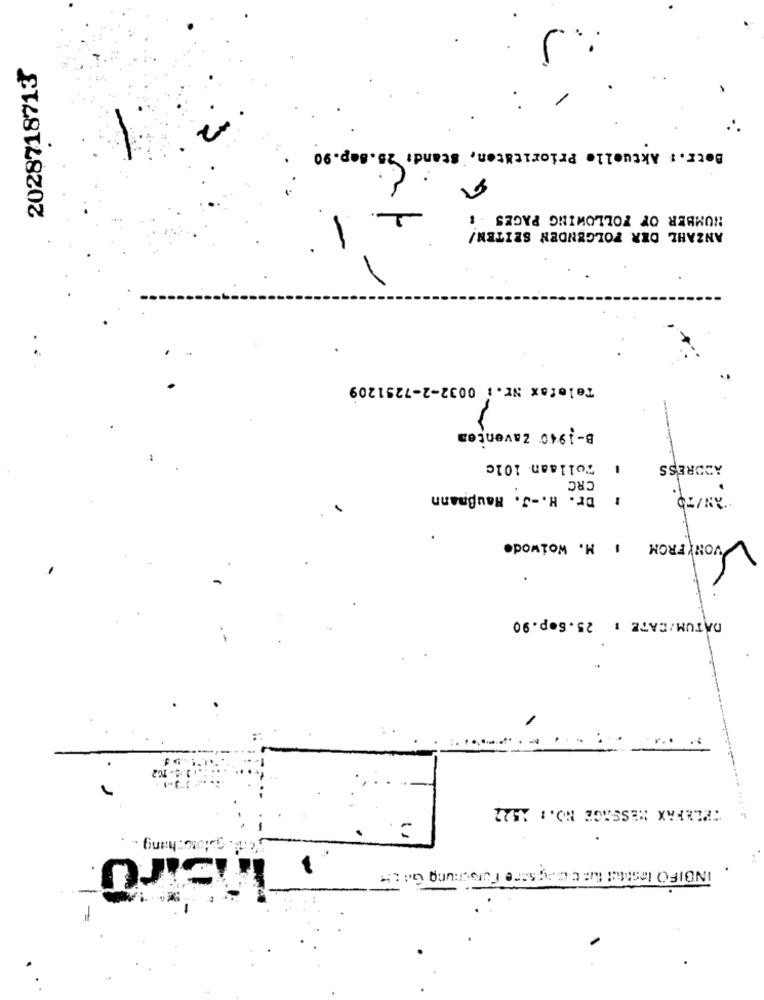
2028718713
-2
Betr .: Aktuelle Prioritäten, Stand: 25.8ap.90
7
1
NUMBER OF FOLLOWING PAGES :
ANZAHL DER FOLGENDEN SEITEN!
Telefax Nr .: 0032-2-7251209
B-1940 Zaventem
Tollaan 101c
ADDRESS
CRC
-
AN/TO.
: Dr. H .- J. Haußmann
VONYFROM 1 M. Woiwode
V
DATUM/CATE : 25.S.p.90
TELEFAX MESSAGE NO. : 1522
itsiru